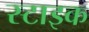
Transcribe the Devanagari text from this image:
स्टाइक